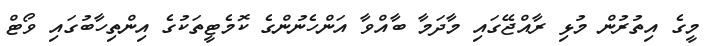
މީގެ އިތުރުން މުޅި ރާއްޖޭގައި މާދަމާ ބާއްވާ އަންހެނުންގެ ކޮމެޓީތަކުގެ އިންތިހާބުގައި ވޯޓް